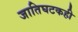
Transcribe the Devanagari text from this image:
जातिघटकही